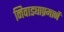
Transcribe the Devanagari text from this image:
निवाड्याप्रमाणें